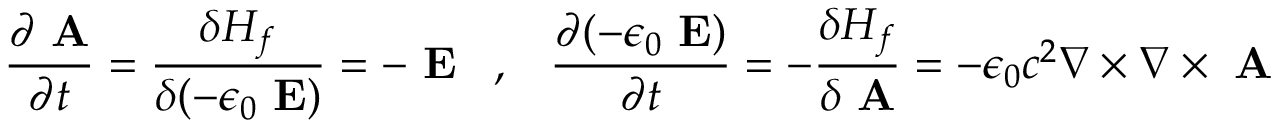
\frac { \partial \mathrm { \bf ~ A } } { \partial t } = \frac { \delta H _ { f } } { \delta ( - \epsilon _ { 0 } \mathrm { \bf ~ E } ) } = - \mathrm { \bf ~ E } \; \; \; , \; \; \; \frac { \partial ( - \epsilon _ { 0 } \mathrm { \bf ~ E } ) } { \partial t } = - \frac { \delta H _ { f } } { \delta \mathrm { \bf ~ A } } = - \epsilon _ { 0 } c ^ { 2 } \nabla \times \nabla \times \mathrm { \bf ~ A }